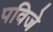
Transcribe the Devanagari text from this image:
पविजे